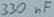
Text: 330nF